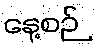
နေ့စဉ်